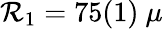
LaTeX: \mathcal{R}_{1}=75(1)\ \mu